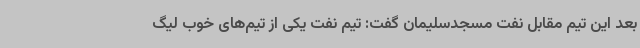
بعد این تیم مقابل نفت مسجدسلیمان گفت: تیم نفت یکی از تیم‌های خوب لیگ